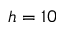
h = 1 0